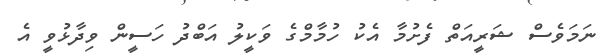
ނަމަވެސް ޝަރީއަތް ފެށުމާ އެކު ހުމާމްގެ ވަކީލު އަބްދު ހަސީން ވިދާޅުވީ އެ